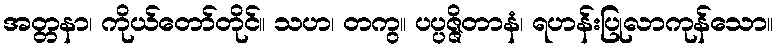
အတ္တနာ၊ ကိုယ်တော်တိုင်။ သဟ၊ တကွ။ ပပ္ပဇ္ဇိတာနံ၊ ရဟန်းပြုလာကုန်သော။